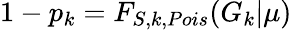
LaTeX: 1-p_{k}=F_{S,k,Pois}(G_{k}|\mu)